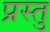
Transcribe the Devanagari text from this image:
प्रस्तु